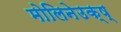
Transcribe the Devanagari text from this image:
मोलिनेउक्ष्